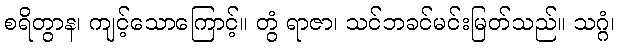
စရိတွာန၊ ကျင့်သောကြောင့်။ တွံ ရာဇာ၊ သင်ဘခင်မင်းမြတ်သည်။ သဂ္ဂံ၊